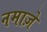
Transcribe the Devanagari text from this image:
नमाज़े